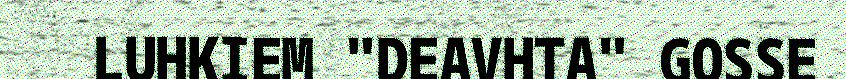
LUHKIEM "DEAVHTA" GOSSE